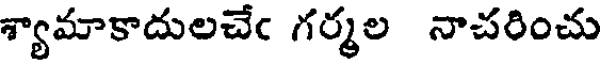
శ్యామాకాదులచేఁ గర్మల నాచరించు